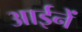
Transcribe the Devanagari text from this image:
आईनें